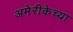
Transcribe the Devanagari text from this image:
अमेरीकेच्या